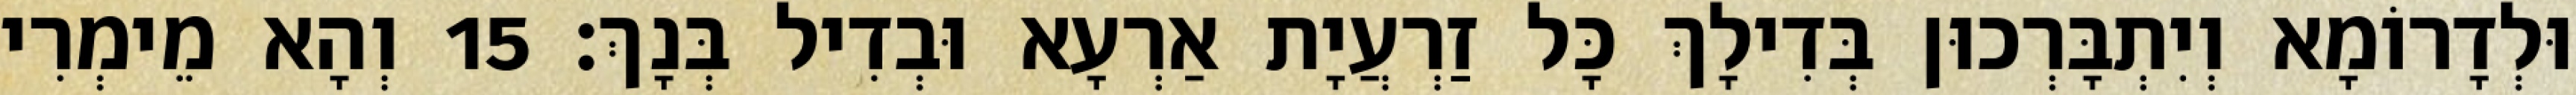
וּלְדָרוֹמָא וְיִתְבָּרְכוּן בְּדִילָךְ כָּל זַרְעֲיָת אַרְעָא וּבְדִיל בְּנָךְ׃ 15 וְהָא מֵימְרִי